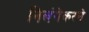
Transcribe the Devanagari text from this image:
निलंगेकरने